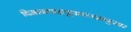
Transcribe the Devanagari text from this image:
विमानवाहतूकतज्ज्ञानुसार